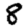
Digit: 8